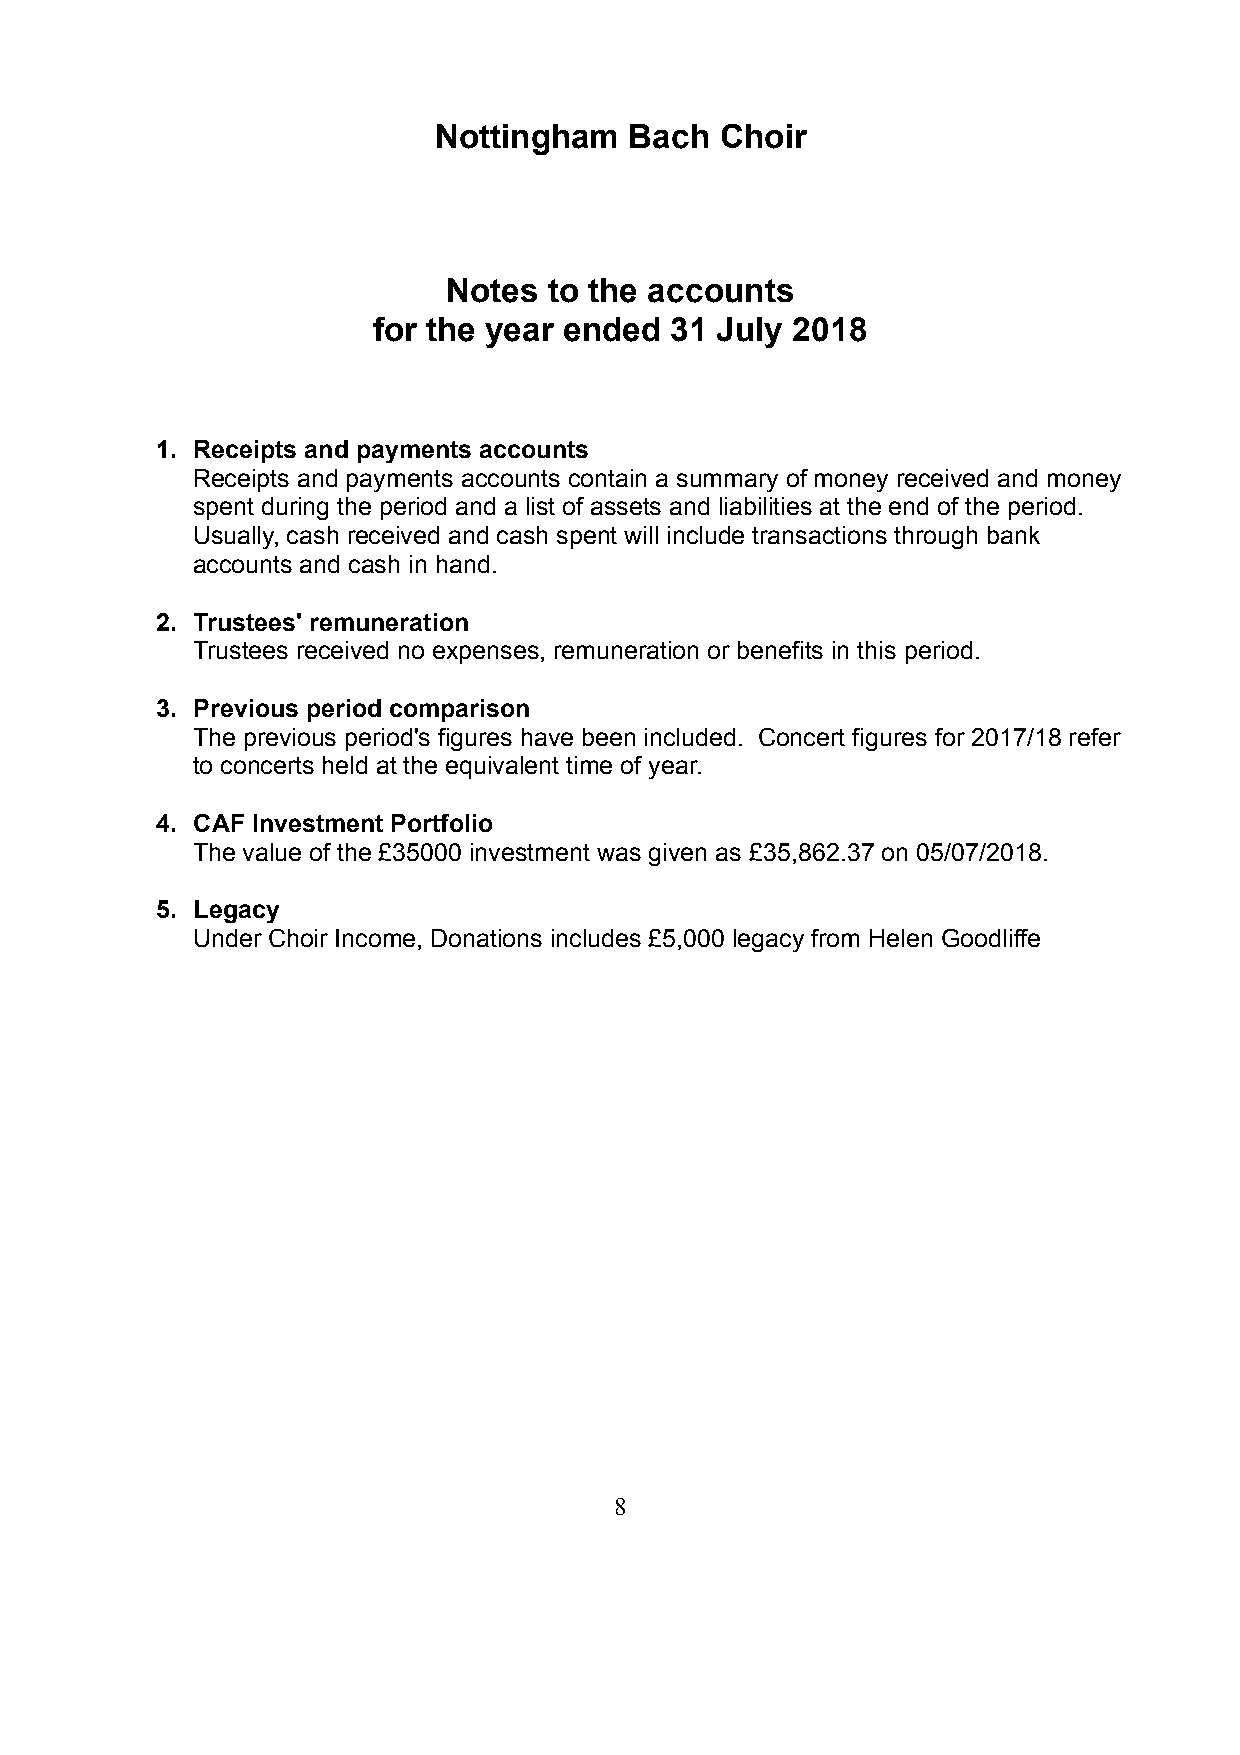
Nottingham   Bach  Choir
 Notes to the accounts
 for the year ended 31 July 2018
 1. Receipts and payments accounts
 Receipts and payments accounts contain a summary of money received and money
 spent during the period and a list of assets and liabilities at the end of the period.
 Usually, cash received and cash spent will include transactions through bank
 accounts and cash in hand.
 2. Trustees' remuneration
 Trustees received no expenses, remuneration or benefits in this period.
 3. Previous period comparison
 The previous period's figures have been included. Concert figures for 2017/18 refer
 to concerts held at the equivalent time of year.
 4. CAF Investment Portfolio
 The value of the £35000 investment was given as £35,862.37 on 05/07/2018.
 5. Legacy
 Under Choir Income, Donations includes £5,000 legacy from Helen Goodliffe
 8